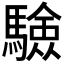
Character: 𩥾